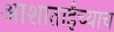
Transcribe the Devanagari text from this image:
आशाताईंच्याच